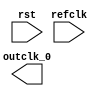
module ethernet_iopll (
		input  wire  rst,      //   reset.reset
		input  wire  refclk,   //  refclk.clk
		output wire  outclk_0  // outclk0.clk
	);
endmodule